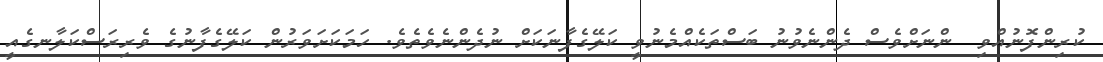
ކުރިންފޮނުއްވި  ންނަށްވެސް ދެންނެވުނު ބަސްތަކެއްމެނުވީ ކަލޭގެފާނަކަށް ނުދެންނެވެތެވެ. ހަމަކަށަވަރުން ކަލޭގެފާނުގެ ވެރިރަސްކަލާނގެއީ